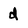
Character: d